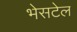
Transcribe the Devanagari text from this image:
भेसटेल